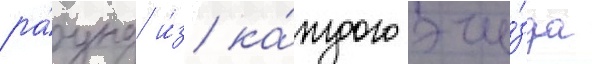
ра́унд и́з ка́ждого зае́зда